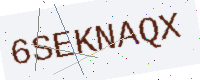
Text: 6SEKNAQX